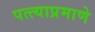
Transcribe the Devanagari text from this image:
पत्त्याप्रमाणे